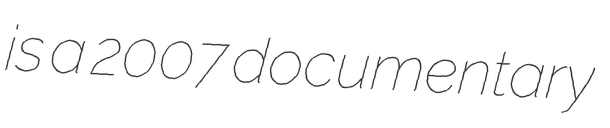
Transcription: is a 2007 documentary